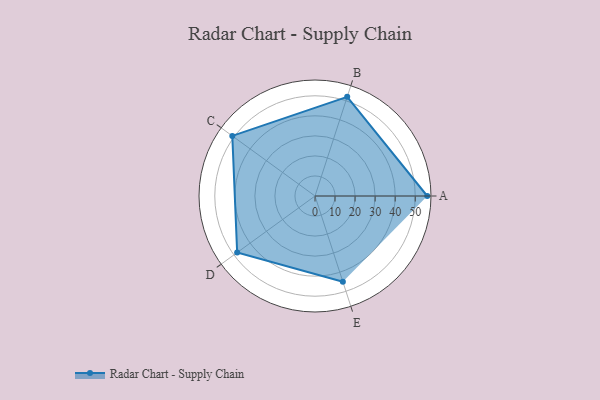
{"axis": {"x": "Skill", "y": "Score"}, "legend": ["Profile"], "data": [{"x": "A", "y": 56.0, "type": "Profile"}, {"x": "B", "y": 52.0, "type": "Profile"}, {"x": "C", "y": 51.0, "type": "Profile"}, {"x": "D", "y": 48.0, "type": "Profile"}, {"x": "E", "y": 45.0, "type": "Profile"}]}